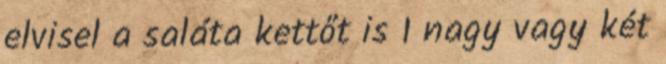
elvisel a saláta kettőt is 1 nagy vagy két